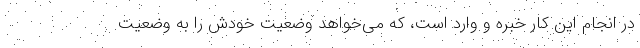
در انجام این کار خبره و وارد است، که می‌خواهد وضعیت خودش را به وضعیت